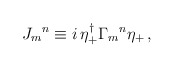
\begin{align*}{J_{m}}^n \equiv i \, \eta^\dagger_{+} {\Gamma_m}^n\eta_+\,,\end{align*}